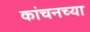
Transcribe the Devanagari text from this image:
कांचनच्या